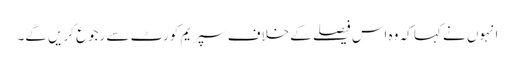
انہوں نے کہا کہ وہ اس فیصلے کے خلاف سپریم کورٹ سے رجوع کریں گے۔